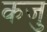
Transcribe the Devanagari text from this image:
कजु